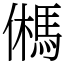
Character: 𩢮